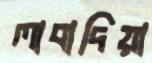
লাবাদিয়া